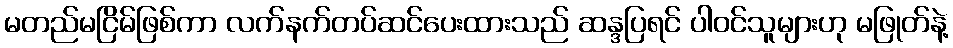
မတည်မငြိမ်ဖြစ်ကာ လက်နက်တပ်ဆင်ပေးထားသည် ဆန္ဒပြရင် ပါဝင်သူများဟု မဖြုတ်နဲ့